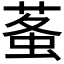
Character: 𧊮